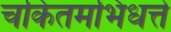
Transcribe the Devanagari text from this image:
चकितमभिधत्ते